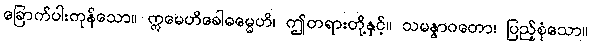
ခြောက်ပါးကုန်သော။ ဣမေဟိခေါဓမ္မေဟိ၊ ဤတရားတို့နှင့်။ သမန္နာဂတော၊ ပြည့်စုံသော။